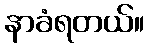
နာခံရတယ်။